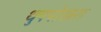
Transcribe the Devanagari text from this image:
थुपपोखरा